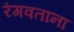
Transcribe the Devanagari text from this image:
रंगवताना